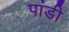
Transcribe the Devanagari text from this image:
पांडी